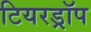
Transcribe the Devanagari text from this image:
टियरड्रॉप